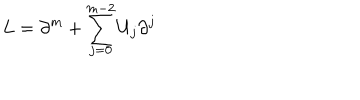
L = \partial ^ { m } + \sum _ { j = 0 } ^ { m - 2 } U _ { j } \partial ^ { j }